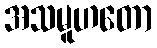
အသမူဟတော